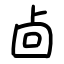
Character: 㔽